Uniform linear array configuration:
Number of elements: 24
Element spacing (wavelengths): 0.75
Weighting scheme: kaiser
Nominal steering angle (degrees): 0
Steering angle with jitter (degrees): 1.64
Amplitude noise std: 0.05
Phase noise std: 0.05

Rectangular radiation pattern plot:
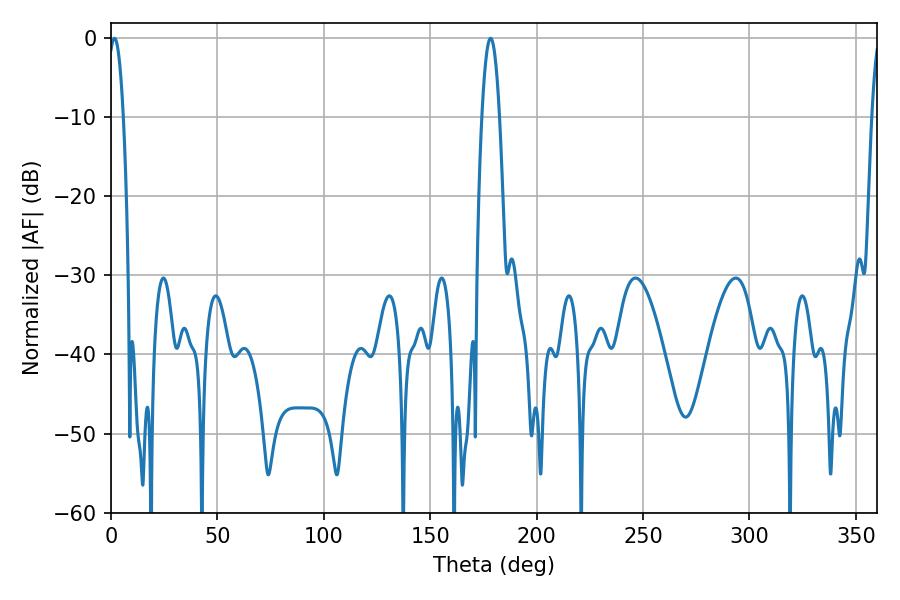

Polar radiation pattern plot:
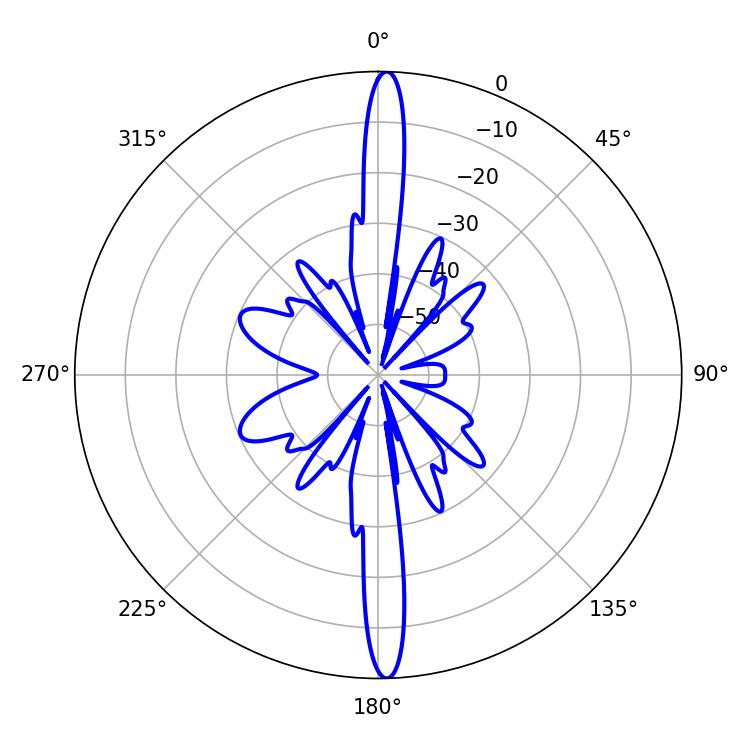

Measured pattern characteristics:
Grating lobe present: TRUE
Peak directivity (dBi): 26.437
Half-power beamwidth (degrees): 3.96
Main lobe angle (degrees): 1.62